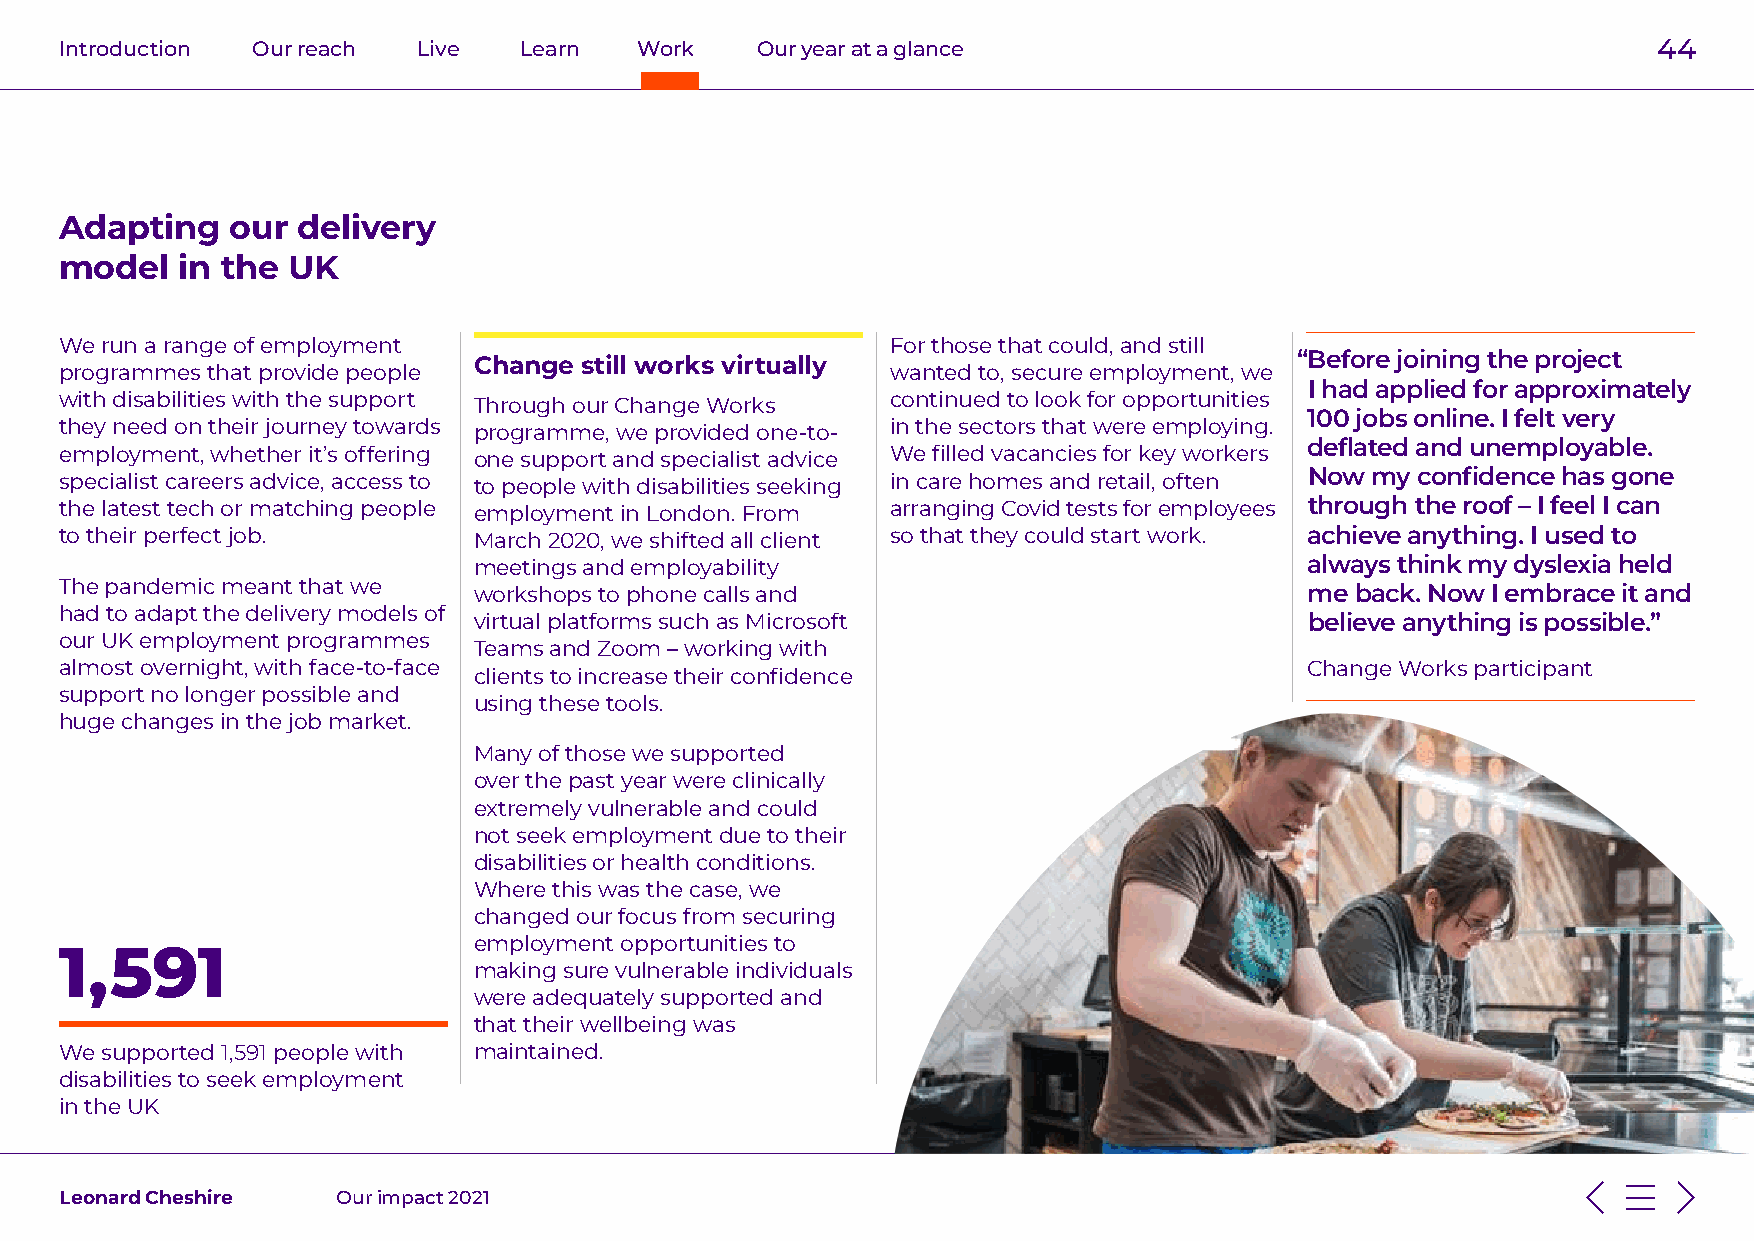
Introduction Our reach  Live  Learn   Work    Our year at a glance                                        44
 Adapting   our  delivery
 model   in the UK
 We run a range of employment                           For those that could, and still
 Change still works virtually                           “Before joining the project
 programmes that provide people                         wanted to, secure employment, we
 I had applied for approximately
 with disabilities with the support Through our Change Works continued to look for opportunities
 100 jobs online. I felt very
 they need on their journey towards programme, we provided one-to- in the sectors that were employing.
 deflated and unemployable.
 employment, whether it’s offering one support and specialist advice We filled vacancies for key workers
 specialist careers advice, access to to people with disabilities seeking in care homes and retail, often Now my confidence has gone
 the latest tech or matching people employment in London. From arranging Covid tests for employees through the roof – I feel I can
 to their perfect job.      March 2020, we shifted all client so that they could start work. achieve anything. I used to
 meetings and employability                              always think my dyslexia held
 The pandemic meant that we workshops to phone calls and                            me back. Now I embrace it and
 had to adapt the delivery models of
 virtual platforms such as Microsoft                     believe anything is possible.”
 our UK employment programmes
 Teams and Zoom – working with
 almost overnight, with face-to-face                                                Change Works participant
 clients to increase their confidence
 support no longer possible and
 using these tools.
 huge changes in the job market.
 Many of those we supported
 over the past year were clinically
 extremely vulnerable and could
 not seek employment due to their
 disabilities or health conditions.
 Where this was the case, we
 changed our focus from securing
 employment opportunities to
 1,591
 making sure vulnerable individuals
 were adequately supported and
 that their wellbeing was
 We supported 1,591 people with maintained.
 disabilities to seek employment
 in the UK
 Leonard Cheshire  Our impact 2021